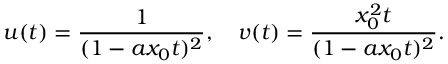
u ( t ) = \frac { 1 } { ( 1 - a x _ { 0 } t ) ^ { 2 } } , \quad v ( t ) = \frac { x _ { 0 } ^ { 2 } t } { ( 1 - a x _ { 0 } t ) ^ { 2 } } .